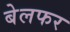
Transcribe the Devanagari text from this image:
बेलफर